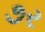
૭ર